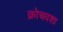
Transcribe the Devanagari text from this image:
क्रोचवशा